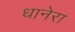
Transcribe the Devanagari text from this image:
धानेरा